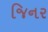
જિનર